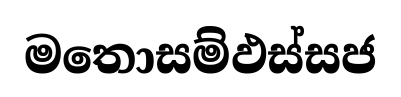
මතොසම්ඵස්සජ